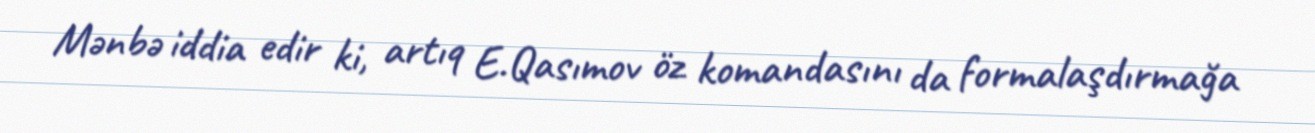
Mənbə iddia edir ki, artıq E.Qasımov öz komandasını da formalaşdırmağa